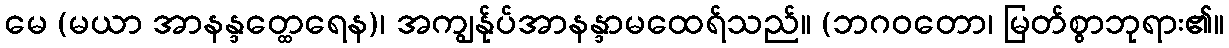
မေ (မယာ အာနန္ဒတ္ထေရေန)၊ အကျွန်ုပ်အာနန္ဒာမထေရ်သည်။ (ဘဂဝတော၊ မြတ်စွာဘုရား၏။